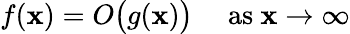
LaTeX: f(\mathbf{x})=O{\bigl(}g(\mathbf{x}){\bigr)}\quad{\mathrm{{~as~}}}\mathbf{x}\to\infty